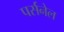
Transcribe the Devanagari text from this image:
पर्सनेल